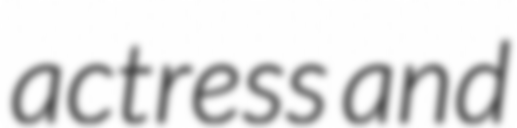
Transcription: actress and